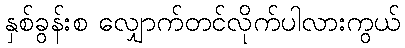
နှစ်ခွန်းစ လျှောက်တင်လိုက်ပါလားကွယ်